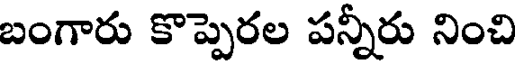
బంగారు కొప్పెరల పన్నీరు నించి